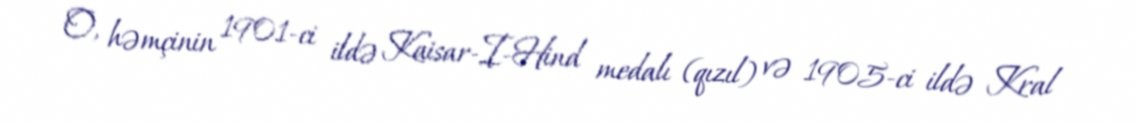
O, həmçinin 1901-ci ildə Kaisar-I-Hind medalı (qızıl) və 1905-ci ildə Kral